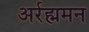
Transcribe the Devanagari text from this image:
अर्रह्ममन